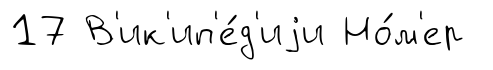
17 В'ик'ип'е́д'иjи Но́м'ер